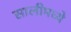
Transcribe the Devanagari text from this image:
सालीमध्ये